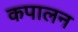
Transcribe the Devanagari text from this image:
कपालन